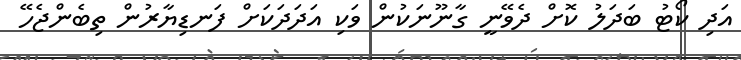
އަދި ކޯޓު ބަދަލު ކޮށް ދެވޭނީ ގާނޫނަކުން ވަކި އަދަދަކަށް ފަނޑިޔާރުން ތިބެންޖެހޭ